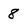
Character: 8